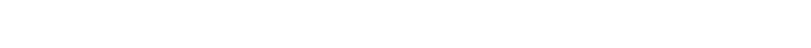
ဆုတ်ယုတ်ပုံကို လည်းကောင်း၊ မြို့ပြတို့၌လည်း အရောင်း အဝယ် မကောင်းလျှင် ဆွမ်းအခက်အခဲတွေ